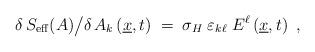
LaTeX: \begin{align*}\delta\,S_{\rm eff} (A) \big/ \delta\,A_k \left( \underline{x}, t\right) \;=\; \sigma_H\;\varepsilon_{k\ell}\;E^\ell \left( \underline{x},t\right)~, \end{align*}